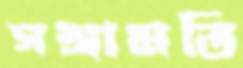
গঙ্গামতি